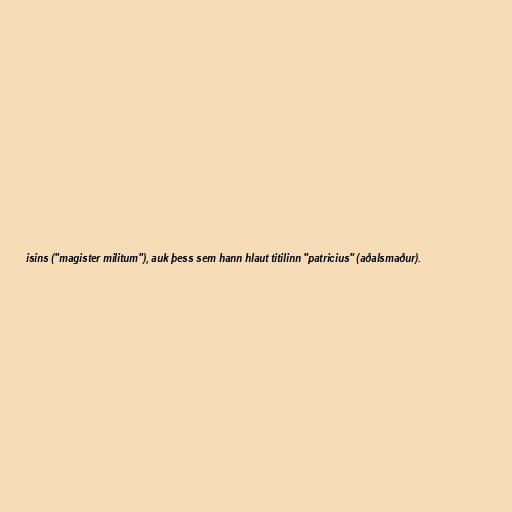
isins ("magister militum"), auk þess sem hann hlaut titilinn "patricius" (aðalsmaður).